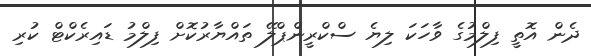
ދެން އޮތީ ފިލްމުގެ ވާހަކަ ލިޔެ ސްކްރީންޕްލޭ ތައްޔާރުކޮށް ފިލްމު ޑައިރެކްޓް ކުރި